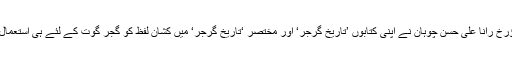
نامور مؤرخ رانا علی حسن چوہان نے اپنی کتابوں ’تاریخ گرجر‘ اور مختصر ‘تاریخ گرجر‘ میں کشان لفظ کو گجر گوت کے لئے ہی استعمال کیا ہے۔